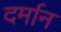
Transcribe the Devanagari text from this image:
दर्मान